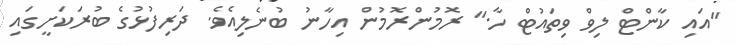
"އައި ކާންޓް ލިވް ވިތައުޓް ހާ." ރޮމުންރޮމުން އިހާނު ބުނެލިއެވެ. ދަރިފުޅުގެ ބުރަކަށީގައި